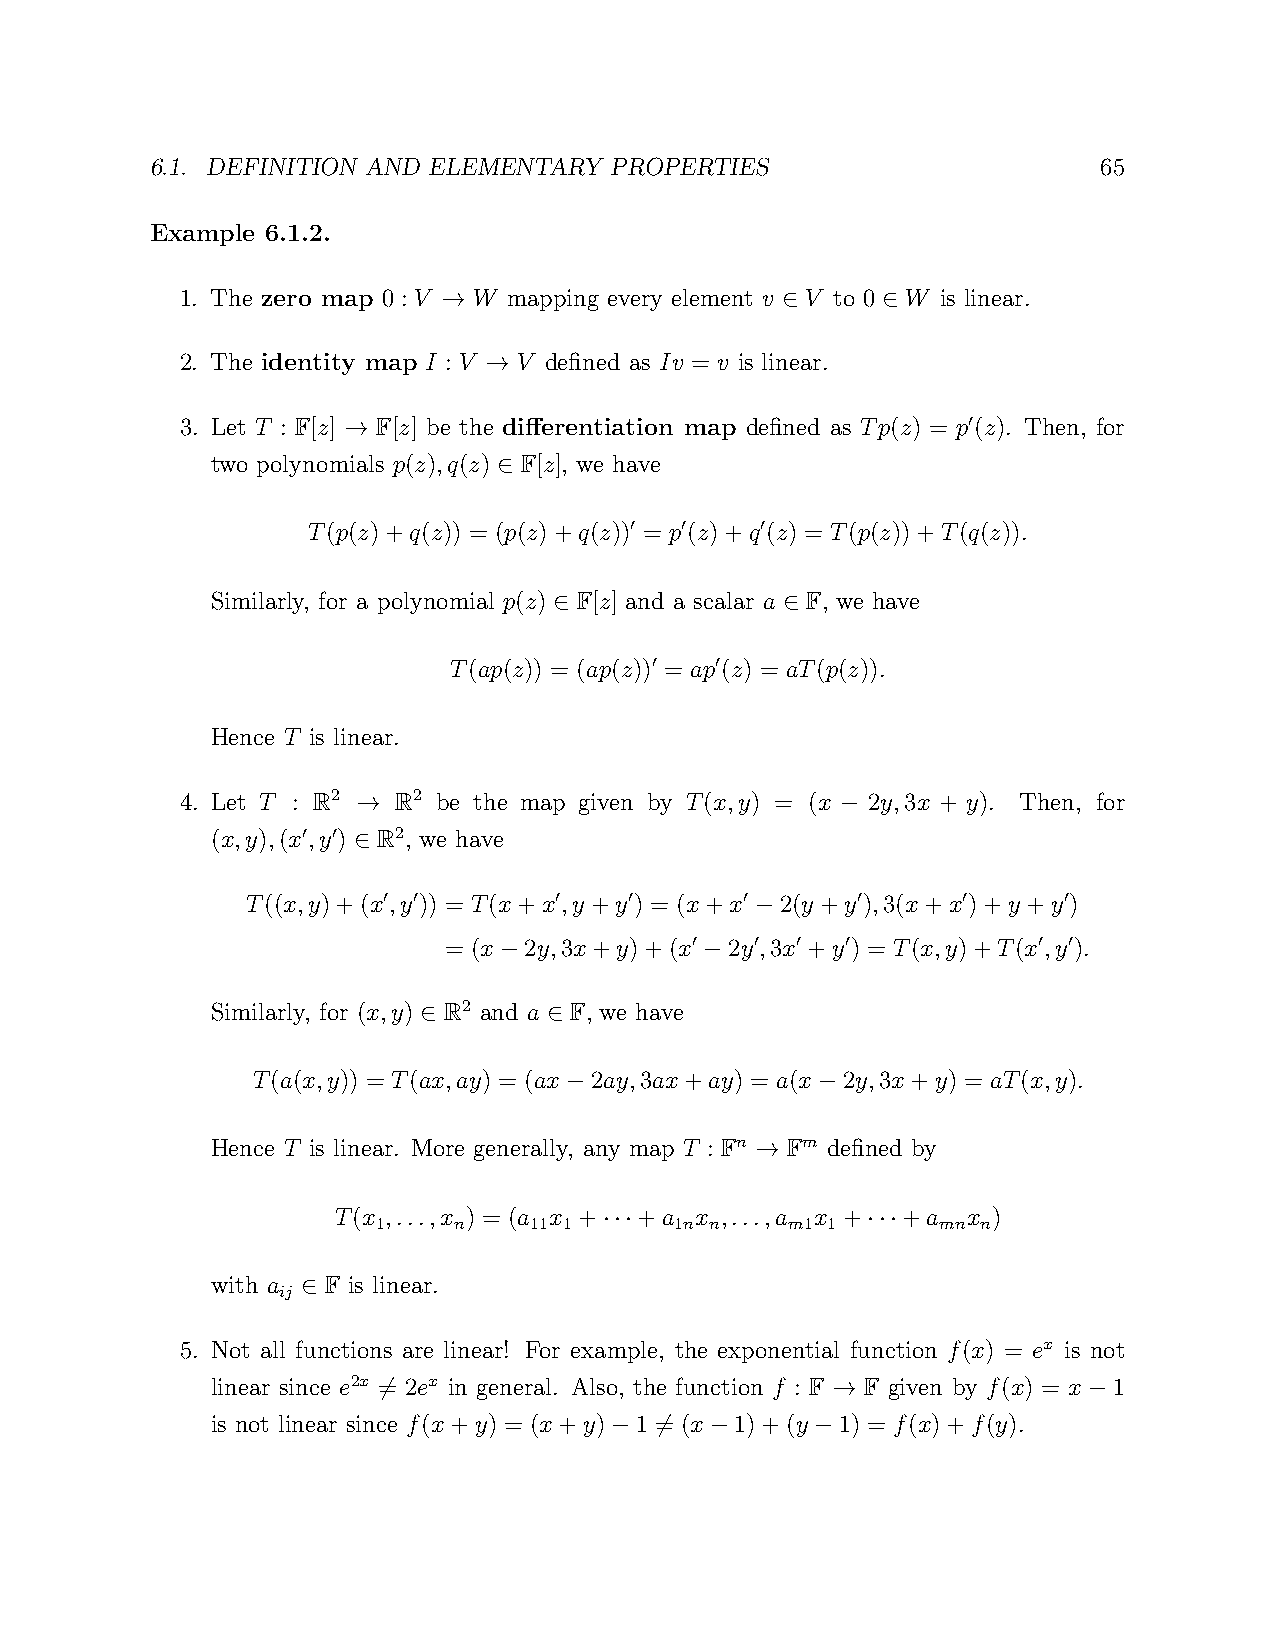
6.1. DEFINITION AND ELEMENTARY PROPERTIES                      65
 Example 6.1.2.
 1. The zero map 0 : V W mapping every element v V to 0 W is linear.
 →                      ∈     ∈
 2. The identity map I : V V defined as Iv = v is linear.
 →
 3. Let T : F[z] F[z] be the differentiation map defined as Tp(z) = p(z). Then, for
 ′
 →
 two polynomials p(z),q(z) F[z], we have
 ∈
 T(p(z)+q(z)) = (p(z)+q(z)) = p(z)+q (z) = T(p(z))+T(q(z)).
 ′  ′    ′
 Similarly, for a polynomial p(z) F[z] and a scalar a F, we have
 ∈              ∈
 T(ap(z)) = (ap(z)) = ap(z) = aT(p(z)).
 ′   ′
 Hence T is linear.
 4. Let T : R2 R2 be the map given by T(x,y) = (x 2y,3x + y). Then, for
 →                               −
 (x,y),(x,y ) R2, we have
 ′ ′
 ∈
 T((x,y)+(x,y )) = T(x+x,y +y ) = (x+x 2(y +y ),3(x+x)+y +y )
 ′ ′         ′    ′      ′       ′      ′     ′
 −
 = (x  2y,3x+y)+(x  2y ,3x +y ) = T(x,y)+T(x,y ).
 ′   ′  ′  ′            ′ ′
 −             −
 Similarly, for (x,y) R2 and a F, we have
 ∈       ∈
 T(a(x,y)) = T(ax,ay) = (ax 2ay,3ax+ay) = a(x 2y,3x+y) = aT(x,y).
 −                −
 Hence T is linear. More generally, any map T : Fn Fm defined by
 →
 T(x ,...,x ) = (a x + +a x ,...,a x + +a  x )
 1    n    11 1      1n n   m1 1      mn n
 ···              ···
 with a  F is linear.
 ij
 ∈
 5. Not all functions are linear! For example, the exponential function f(x) = ex is not
 linear since e2x = 2ex in general. Also, the function f : F F given by f(x) = x 1
 6                             →                −
 is not linear since f(x+y) = (x+y) 1 = (x 1)+(y 1) = f(x)+f(y).
 −  6   −      −